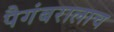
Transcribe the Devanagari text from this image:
पैगंबरालाच